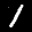
Label: 1